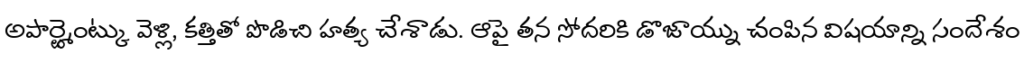
అపార్ట్మెంట్కు వెళ్లి, కత్తితో పొడిచి హత్య చేశాడు. ఆపై తన సోదరికి డొజాయ్ను చంపిన విషయాన్ని సందేశం